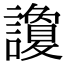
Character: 讂